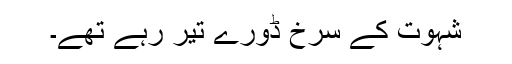
شہوت کے سرخ ڈورے تیر رہے تھے۔